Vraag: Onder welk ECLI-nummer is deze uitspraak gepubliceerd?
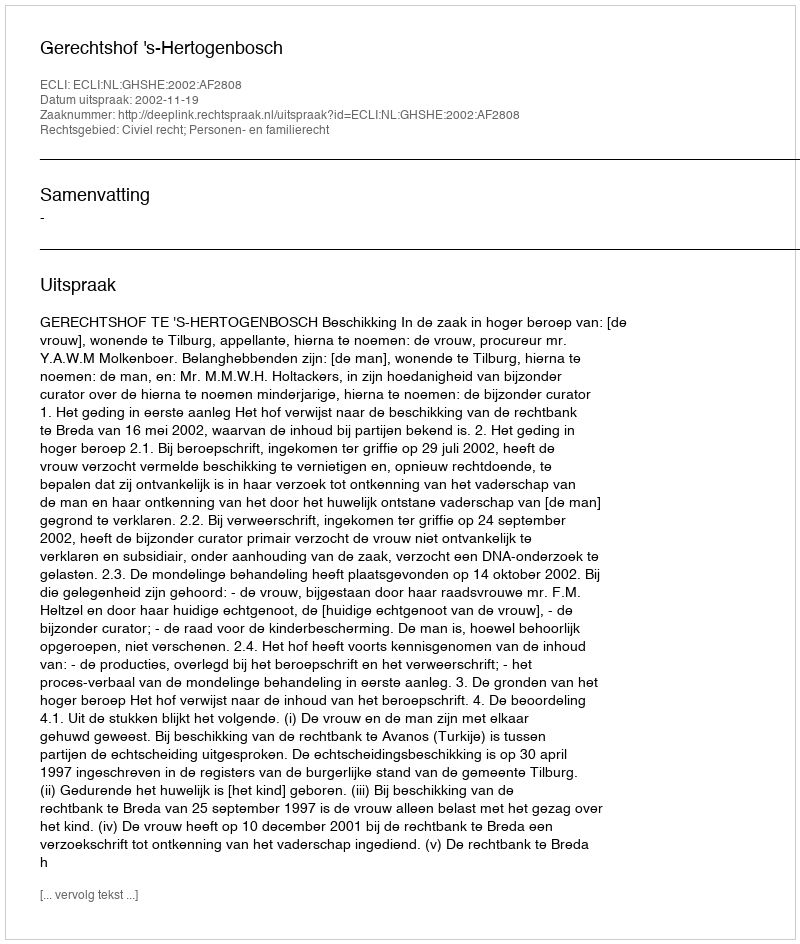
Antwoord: ECLI:NL:GHSHE:2002:AF2808